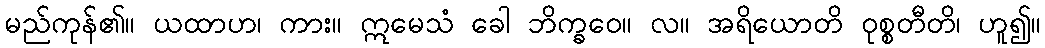
မည်ကုန်၏။ ယထာဟ၊ ကား။ ဣမေသံ ခေါ ဘိက္ခဝေ။ လ။ အရိယောတိ ဝုစ္စတီတိ၊ ဟူ၍။